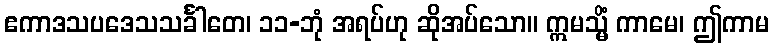
ဧကာဒသပဒေသသင်္ခါတေ၊ ၁၁-ဘုံ အရပ်ဟု ဆိုအပ်သော။ ဣမသ္မိံ ကာမေ၊ ဤကာမ